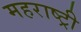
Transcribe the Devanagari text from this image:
महराष्ट्री